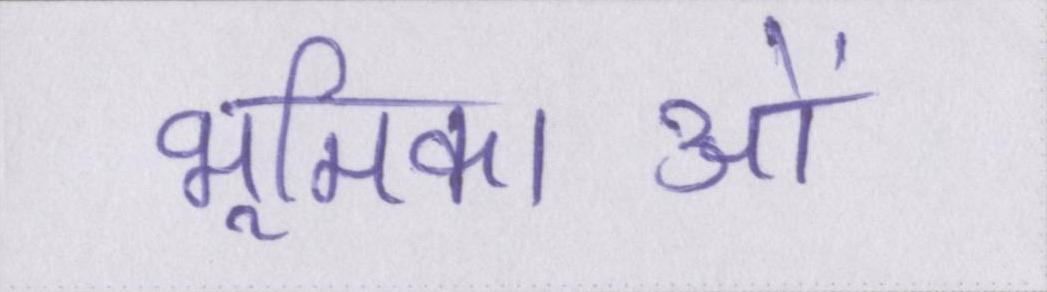
भूमिकाओं